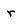
Character: r